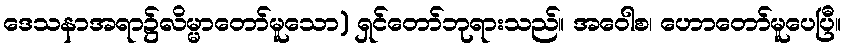
ဒေသနာအရာ၌လိမ္မာတော်မူသော) ရှင်တော်ဘုရားသည်။ အဝေါစ၊ ဟောတော်မူပေပြီ။